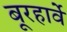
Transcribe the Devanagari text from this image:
बूरहार्वे